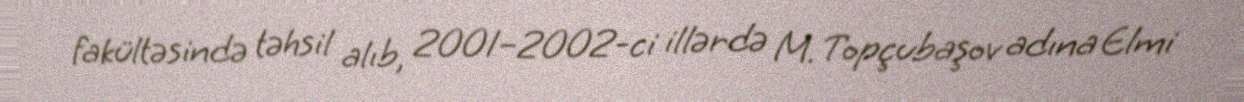
fakültəsində təhsil alıb, 2001–2002-ci illərdə M. Topçubaşov adına Elmi